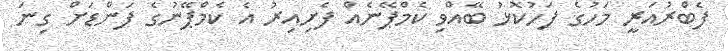
ފެބްރުއަރީ މަހުގެ ފަހުކޮޅު ބޭއްވި ކެމްޕޭނެއް ފެށިއިރު އެ ކެމްޕޭނުގެ ފަންޑަށް ގިނަ